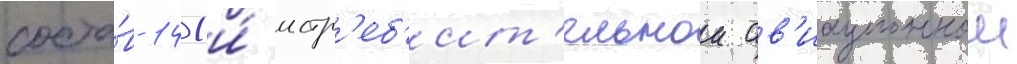
соста́в 141-и́ истр'еб'ит'ельнои ав'иационнои